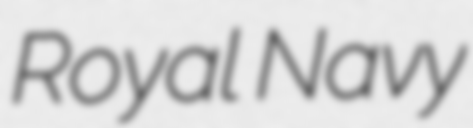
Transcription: Royal Navy